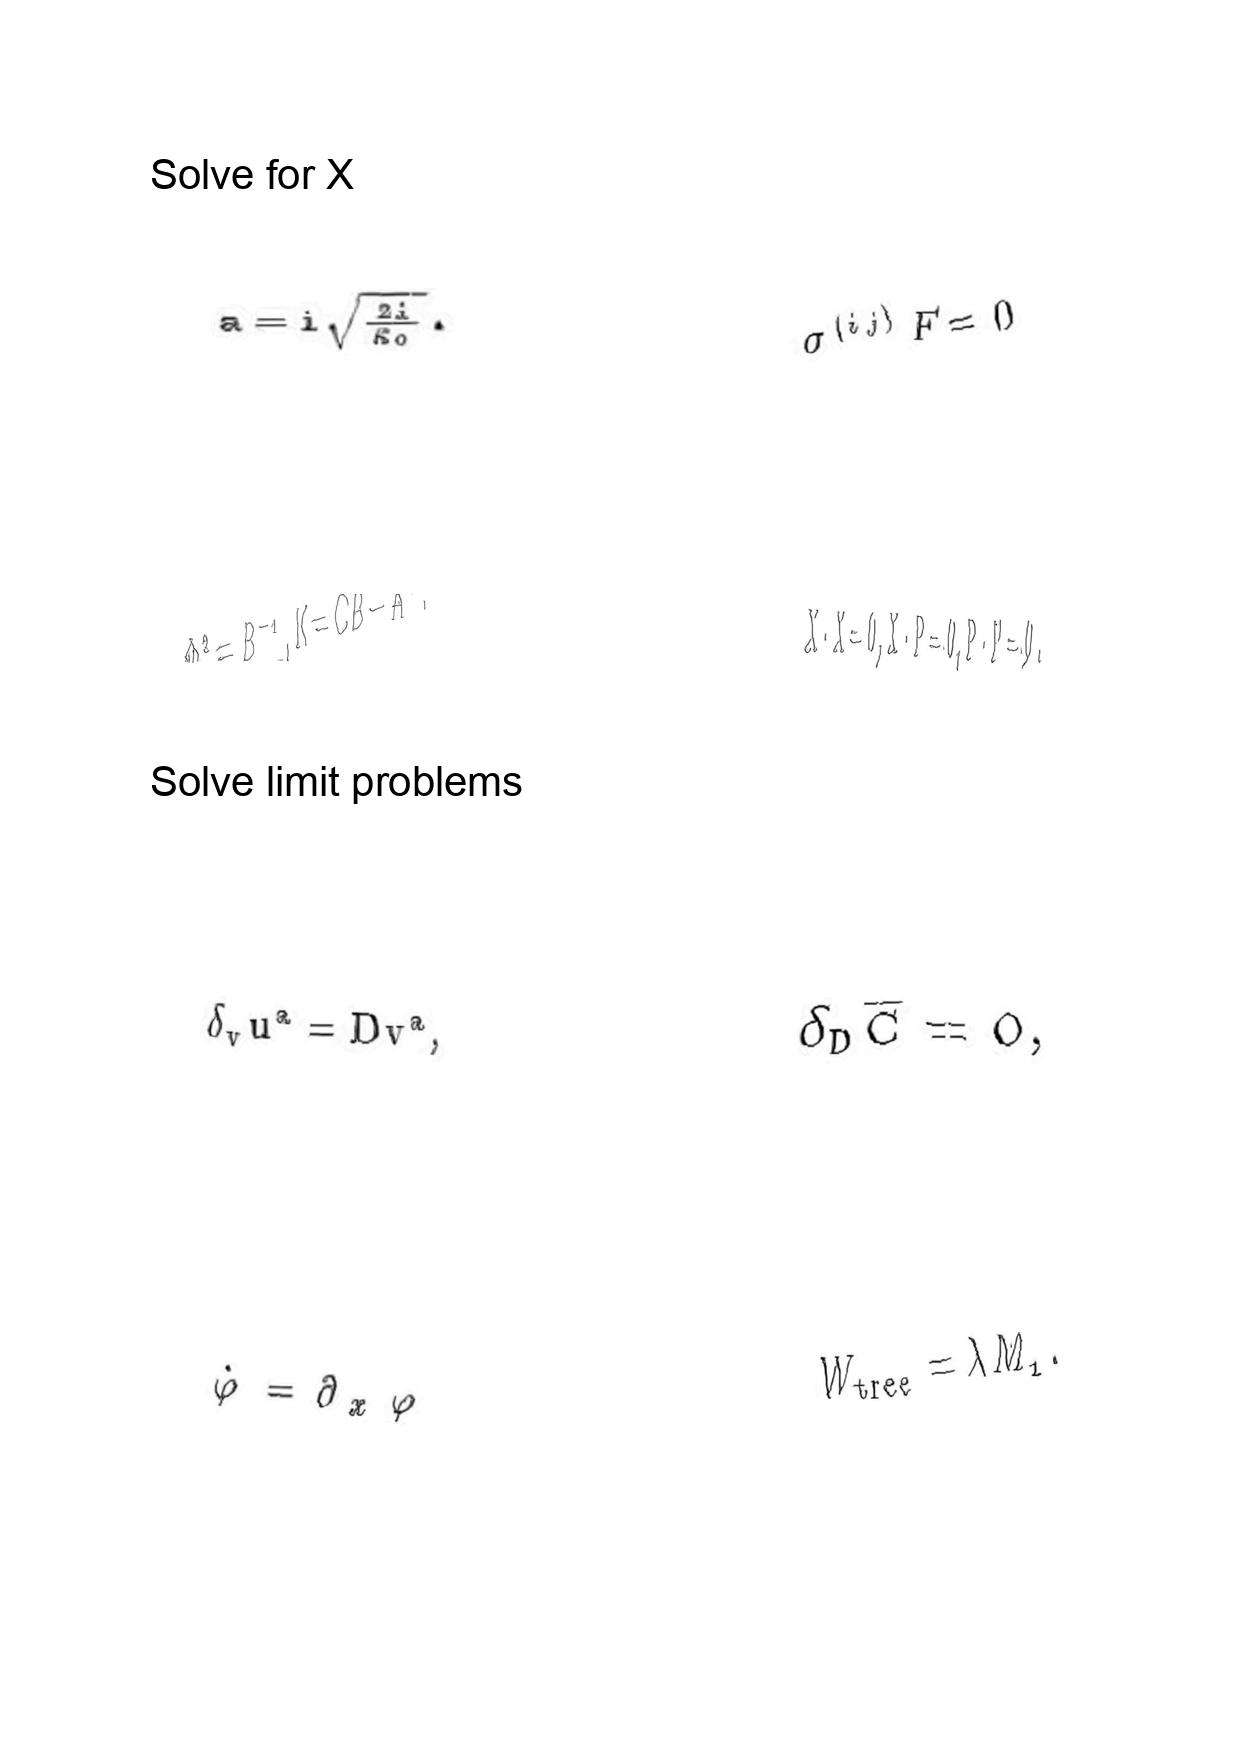
LaTeX transcription:
a = i \sqrt { \frac { 2 i } { \kappa _ { 0 } } } .
\Phi ^ { 2 } = B ^ { - 1 } , K = C B - A ^ { 2 } .
\delta _ { v } u ^ { a } = D v ^ { a } ,
\dot { \varphi } = \partial _ { x } \varphi
\sigma ^ { \lparen i j \rparen } F = 0
X \cdot X = 0 , X \cdot P = 0 , P \cdot P = 0 .
\delta _ { D } \overline { C } = 0 ,
W _ { \mathrm { t r e e } } = \lambda M _ { 1 } .